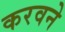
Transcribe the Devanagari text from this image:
करवने